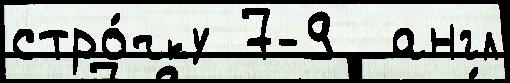
стро́чку 7-9  англ